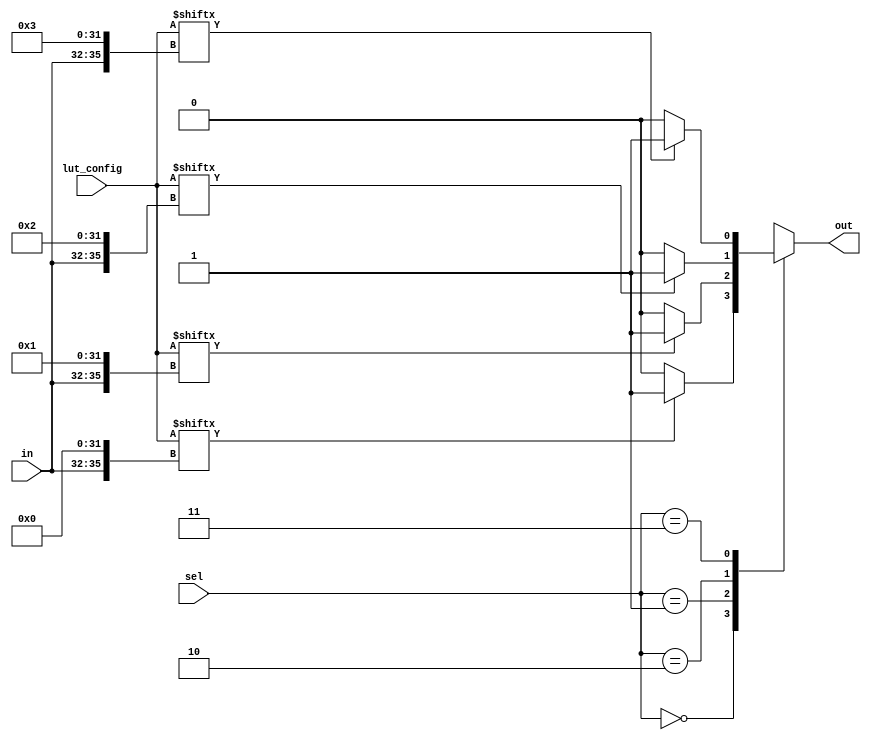
module CLB (
    input wire [3:0] in,           // 4-bit input signals
    input wire [1:0] sel,          // Multiplexer selection inputs
    input wire [15:0] lut_config,   // Configuration for LUT
    output wire out                // Output signal
);

    // Internal wires for LUT outputs
    wire [3:0] lut_out;            // Output of LUTs
    wire mux_out;                  // Output after multiplexing

    // LUTs: Example configuration for a 4-input LUT
    generate
        genvar i;
        for (i = 0; i < 4; i = i + 1) begin: LUT
            assign lut_out[i] = lut_config[{in[3], in[2], in[1], in[0], i}] ? 1'b1 : 1'b0;
        end
    endgenerate

    // Multiplexer to select the output from the LUTs
    always @(*) begin
        case (sel)
            2'b00: mux_out = lut_out[0]; // Select output from LUT0
            2'b01: mux_out = lut_out[1]; // Select output from LUT1
            2'b10: mux_out = lut_out[2]; // Select output from LUT2
            2'b11: mux_out = lut_out[3]; // Select output from LUT3
            default: mux_out = 1'b0;      // Default case
        endcase
    end

    // Output Logic Buffer
    assign out = mux_out;

endmodule